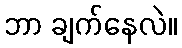
ဘာ ချက်နေလဲ။